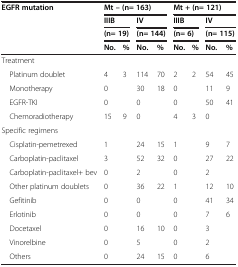
| EGFR mutation | <COLSPAN=4> Mt – (n= 163) | <COLSPAN=4> Mt + (n= 121) |
 |  | <COLSPAN=2> IIIB | <COLSPAN=2> IV | <COLSPAN=2> IIIB | <COLSPAN=2> IV |
 |  | <COLSPAN=2> (n= 19) | <COLSPAN=2> (n= 144) | <COLSPAN=2> (n= 6) | <COLSPAN=2> (n= 115) |
 |  | No. | % | No. | % | No. | % | No. | % |
 | --- | --- | --- | --- | --- | --- | --- | --- | --- |
 | Treatment |  |  |  |  |  |  |  |  |
 | Platinum doublet | 4 | 3 | 114 | 70 | 2 | 2 | 54 | 45 |
 | Monotherapy | 0 |  | 30 | 18 | 0 |  | 11 | 9 |
 | EGFR-TKI | 0 |  | 0 |  | 0 |  | 50 | 41 |
 | Chemoradiotherapy | 15 | 9 | 0 |  | 4 | 3 | 0 |  |
 | Specific regimens |  |  |  |  |  |  |  |  |
 | Cisplatin-pemetrexed | 1 |  | 24 | 15 | 1 |  | 9 | 7 |
 | Carboplatin-paclitaxel | 3 |  | 52 | 32 | 0 |  | 27 | 22 |
 | Carboplatin-paclitaxel+ bev | 0 |  | 2 |  | 0 |  | 2 |  |
 | Other platinum doublets | 0 |  | 36 | 22 | 1 |  | 12 | 10 |
 | Gefitinib | 0 |  | 0 |  | 0 |  | 41 | 34 |
 | Erlotinib | 0 |  | 0 |  | 0 |  | 7 | 6 |
 | Docetaxel | 0 |  | 16 | 10 | 0 |  | 3 |  |
 | Vinorelbine | 0 |  | 5 |  | 0 |  | 2 |  |
 | Others | 0 |  | 24 | 15 | 0 |  | 6 |  |